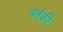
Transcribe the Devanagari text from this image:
वर्तकी